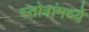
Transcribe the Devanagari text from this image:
स्तोत्रांमध्ये